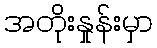
အတိုးနှုန်းမှာ